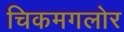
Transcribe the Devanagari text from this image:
चिकमगलोर